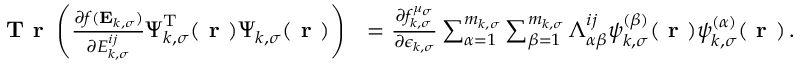
\begin{array} { r l } { \textbf { T r } \left( \frac { \partial f ( \mathbf { E } _ { k , \sigma } ) } { \partial { E } _ { k , \sigma } ^ { i j } } \boldsymbol { \Psi } _ { k , \sigma } ^ { \mathrm { T } } ( \boldsymbol { \textbf { r } } ) \boldsymbol { \Psi } _ { k , \sigma } ( \boldsymbol { \textbf { r } } ) \right) } & { = \frac { \partial f _ { k , \sigma } ^ { \mu _ { \sigma } } } { \partial \epsilon _ { k , \sigma } } \sum _ { \alpha = 1 } ^ { m _ { k , \sigma } } \sum _ { \beta = 1 } ^ { m _ { k , \sigma } } \Lambda _ { \alpha \beta } ^ { i j } \psi _ { k , \sigma } ^ { ( \beta ) } ( \boldsymbol { \textbf { r } } ) \psi _ { k , \sigma } ^ { ( \alpha ) } ( \boldsymbol { \textbf { r } } ) \, . } \end{array}